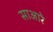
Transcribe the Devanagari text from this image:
साआरे